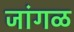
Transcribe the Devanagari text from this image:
जांगळ